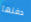
دفنها